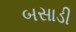
બસાડી